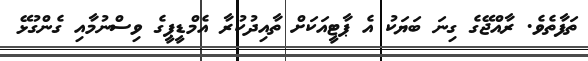
ތަފާތެވެ. ރާއްޖޭގެ ގިނަ ބަޔަކު އެ ޕާޓީއަކަށް ތާއިދުކުރާ އެމްޑީޕީގެ ވިސްނުމާއި ގެންގުޅޭ